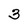
Character: 3